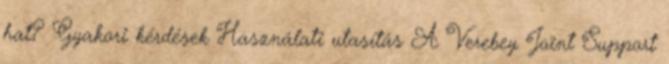
hat? Gyakori kérdések Használati utasítás A Verebey Joint Support